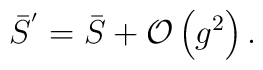
\bar{S}^{^{\prime }}=\bar{S}+{\mathcal{O}}\left( g^{2}\right) .